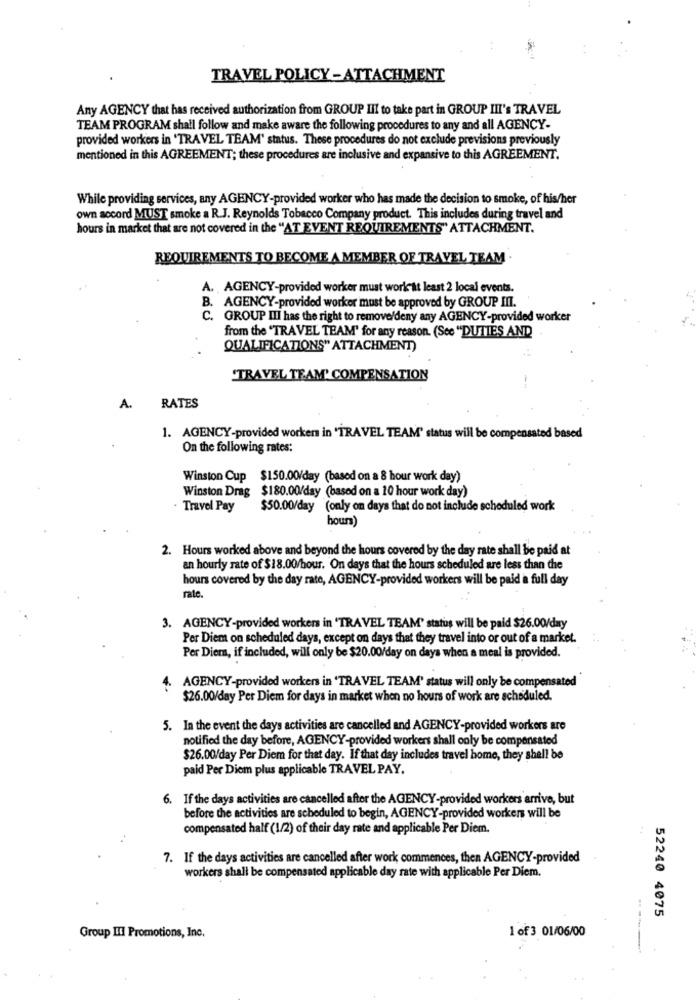
TRAVEL POLICY-ATTACHMENT
Any AGENCY that has received authorization from GROUP III to take part in GROUP III's TRAVEL
TEAM PROGRAM shall follow and make aware the following procedures to any and all AGENCY-
provided workers in 'TRAVEL TEAM' status. These procedures do not exclude previsions previously
mentioned in this AGREEMENT; these procedures are inclusive and expansive to this AGREEMENT.
While providing services, any AGENCY-provided worker who has made the decision to smoke, of his/her
own accord MUST smoke a R.J. Reynolds Tobacco Company product. This includes during travel and
hours in market that are not covered in the "AT EVENT REQUIREMENTS" ATTACHMENT.
REQUIREMENTS TO BECOME A MEMBER OF TRAVEL TEAM
A. AGENCY-provided worker must work at least 2 local events.
B. AGENCY-provided worker must be approved by GROUP III.
C. GROUP III has the right to remove/deny any AGENCY-provided worker
from the "TRAVEL TEAM' for any reason. (See "DUTIES AND
QUALIFICATIONS" ATTACHMENT)
"TRAVEL TEAM' COMPENSATION
A.
RATES
1. AGENCY-provided workers in 'TRAVEL TEAM' status will be compensated based
On the following rates:
Winston Cup $150.00/day (based on a 8 hour work day)
Winston Drag $180.00/day (based on a 10 hour work day)
- Travel Pay
$50.00/day (only on days that do not include scheduled work
hours)
2. Hours worked above and beyond the hours covered by the day rate shall be paid at
an hourly rate of $18.00/hour. On days that the hours scheduled are less than the
hours covered by the day rate, AGENCY-provided workers will be paid a full day
rate.
3. AGENCY-provided workers in 'TRAVEL TEAM' status will be paid $26.00/day
Per Diem on scheduled days, except on days that they travel into or out of a market.
Per Diem, if included, will only be $20.00/day on days when a meal is provided.
AGENCY-provided workers in 'TRAVEL TEAM' status will only be compensated
$26.00/day Per Diem for days in market when no hours of work are scheduled.
5. In the event the days activities are cancelled and AGENCY-provided workers are
notified the day before, AGENCY-provided workers shall only be compensated
$26.00/day Per Diem for that day. If that day includes travel home, they shall be
paid Per Diem plus applicable TRAVEL PAY.
If the days activities are cancelled after the AGENCY-provided workers arrive, but
before the activities are scheduled to begin, AGENCY-provided workers will be
compensated half (1/2) of their day rate and applicable Per Diem.
7. If the days activities are cancelled after work commences, then AGENCY-provided
workers shall be compensated applicable day rate with applicable Per Diem.
52240 4075
1 of 3 01/06/00
Group III Promotions, Inc.